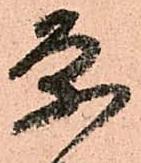
条